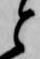
と